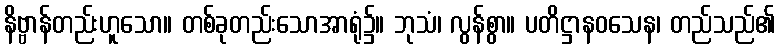
နိဗ္ဗာန်တည်းဟူသော။ တစ်ခုတည်းသောအာရုံ၌။ ဘုသံ၊ လွန်စွာ။ ပတိဋ္ဌာနဝသေန၊ တည်သည်၏